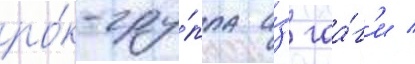
ро́к-гру́ппа и́з гаа́г'и /